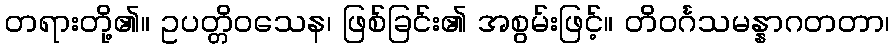
တရားတို့၏။ ဥပတ္တိဝသေန၊ ဖြစ်ခြင်း၏ အစွမ်းဖြင့်။ တိဝင်္ဂသမန္နာဂတတာ၊